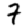
Digit: 7